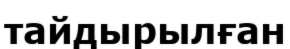
тайдырылған